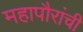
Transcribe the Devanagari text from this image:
महापौरांची